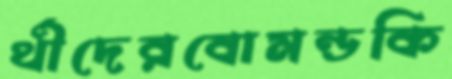
র্থীদেরবোমন্ডকি